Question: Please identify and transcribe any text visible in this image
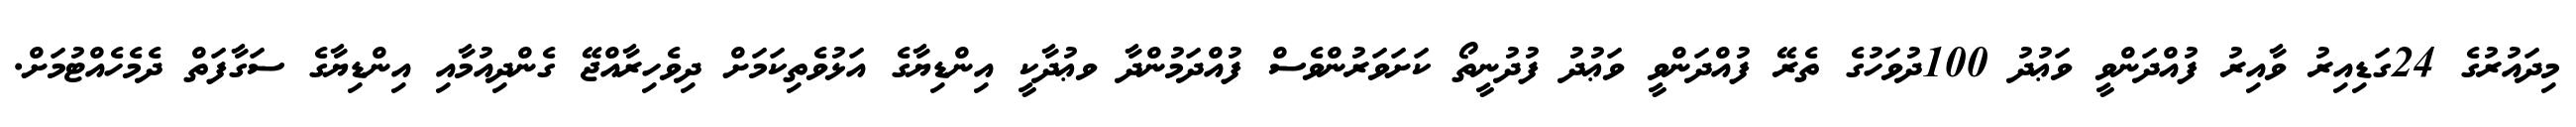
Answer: މިދައުރުގެ 24ގަޑިއިރު ވާއިރު ފުއްދަންވީ ވަޢުދު 100ދުވަހުގެ ތެރޭ ފުއްދަންވީ ވަޢުދު ފުދުނީތޯ ކަށަވަރުންވެސް ފުއްދަމުންދާ ވޢުދާކީ އިންޑިޔާގެ އަޅުވެތިކަމަށް ދިވެހިރާއްޖޭ ގެންދިއުމާއި އިންޑިޔާގެ ސަގާފަތް ދެމެހެއްޓުމަށް.